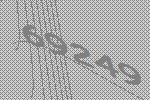
69249